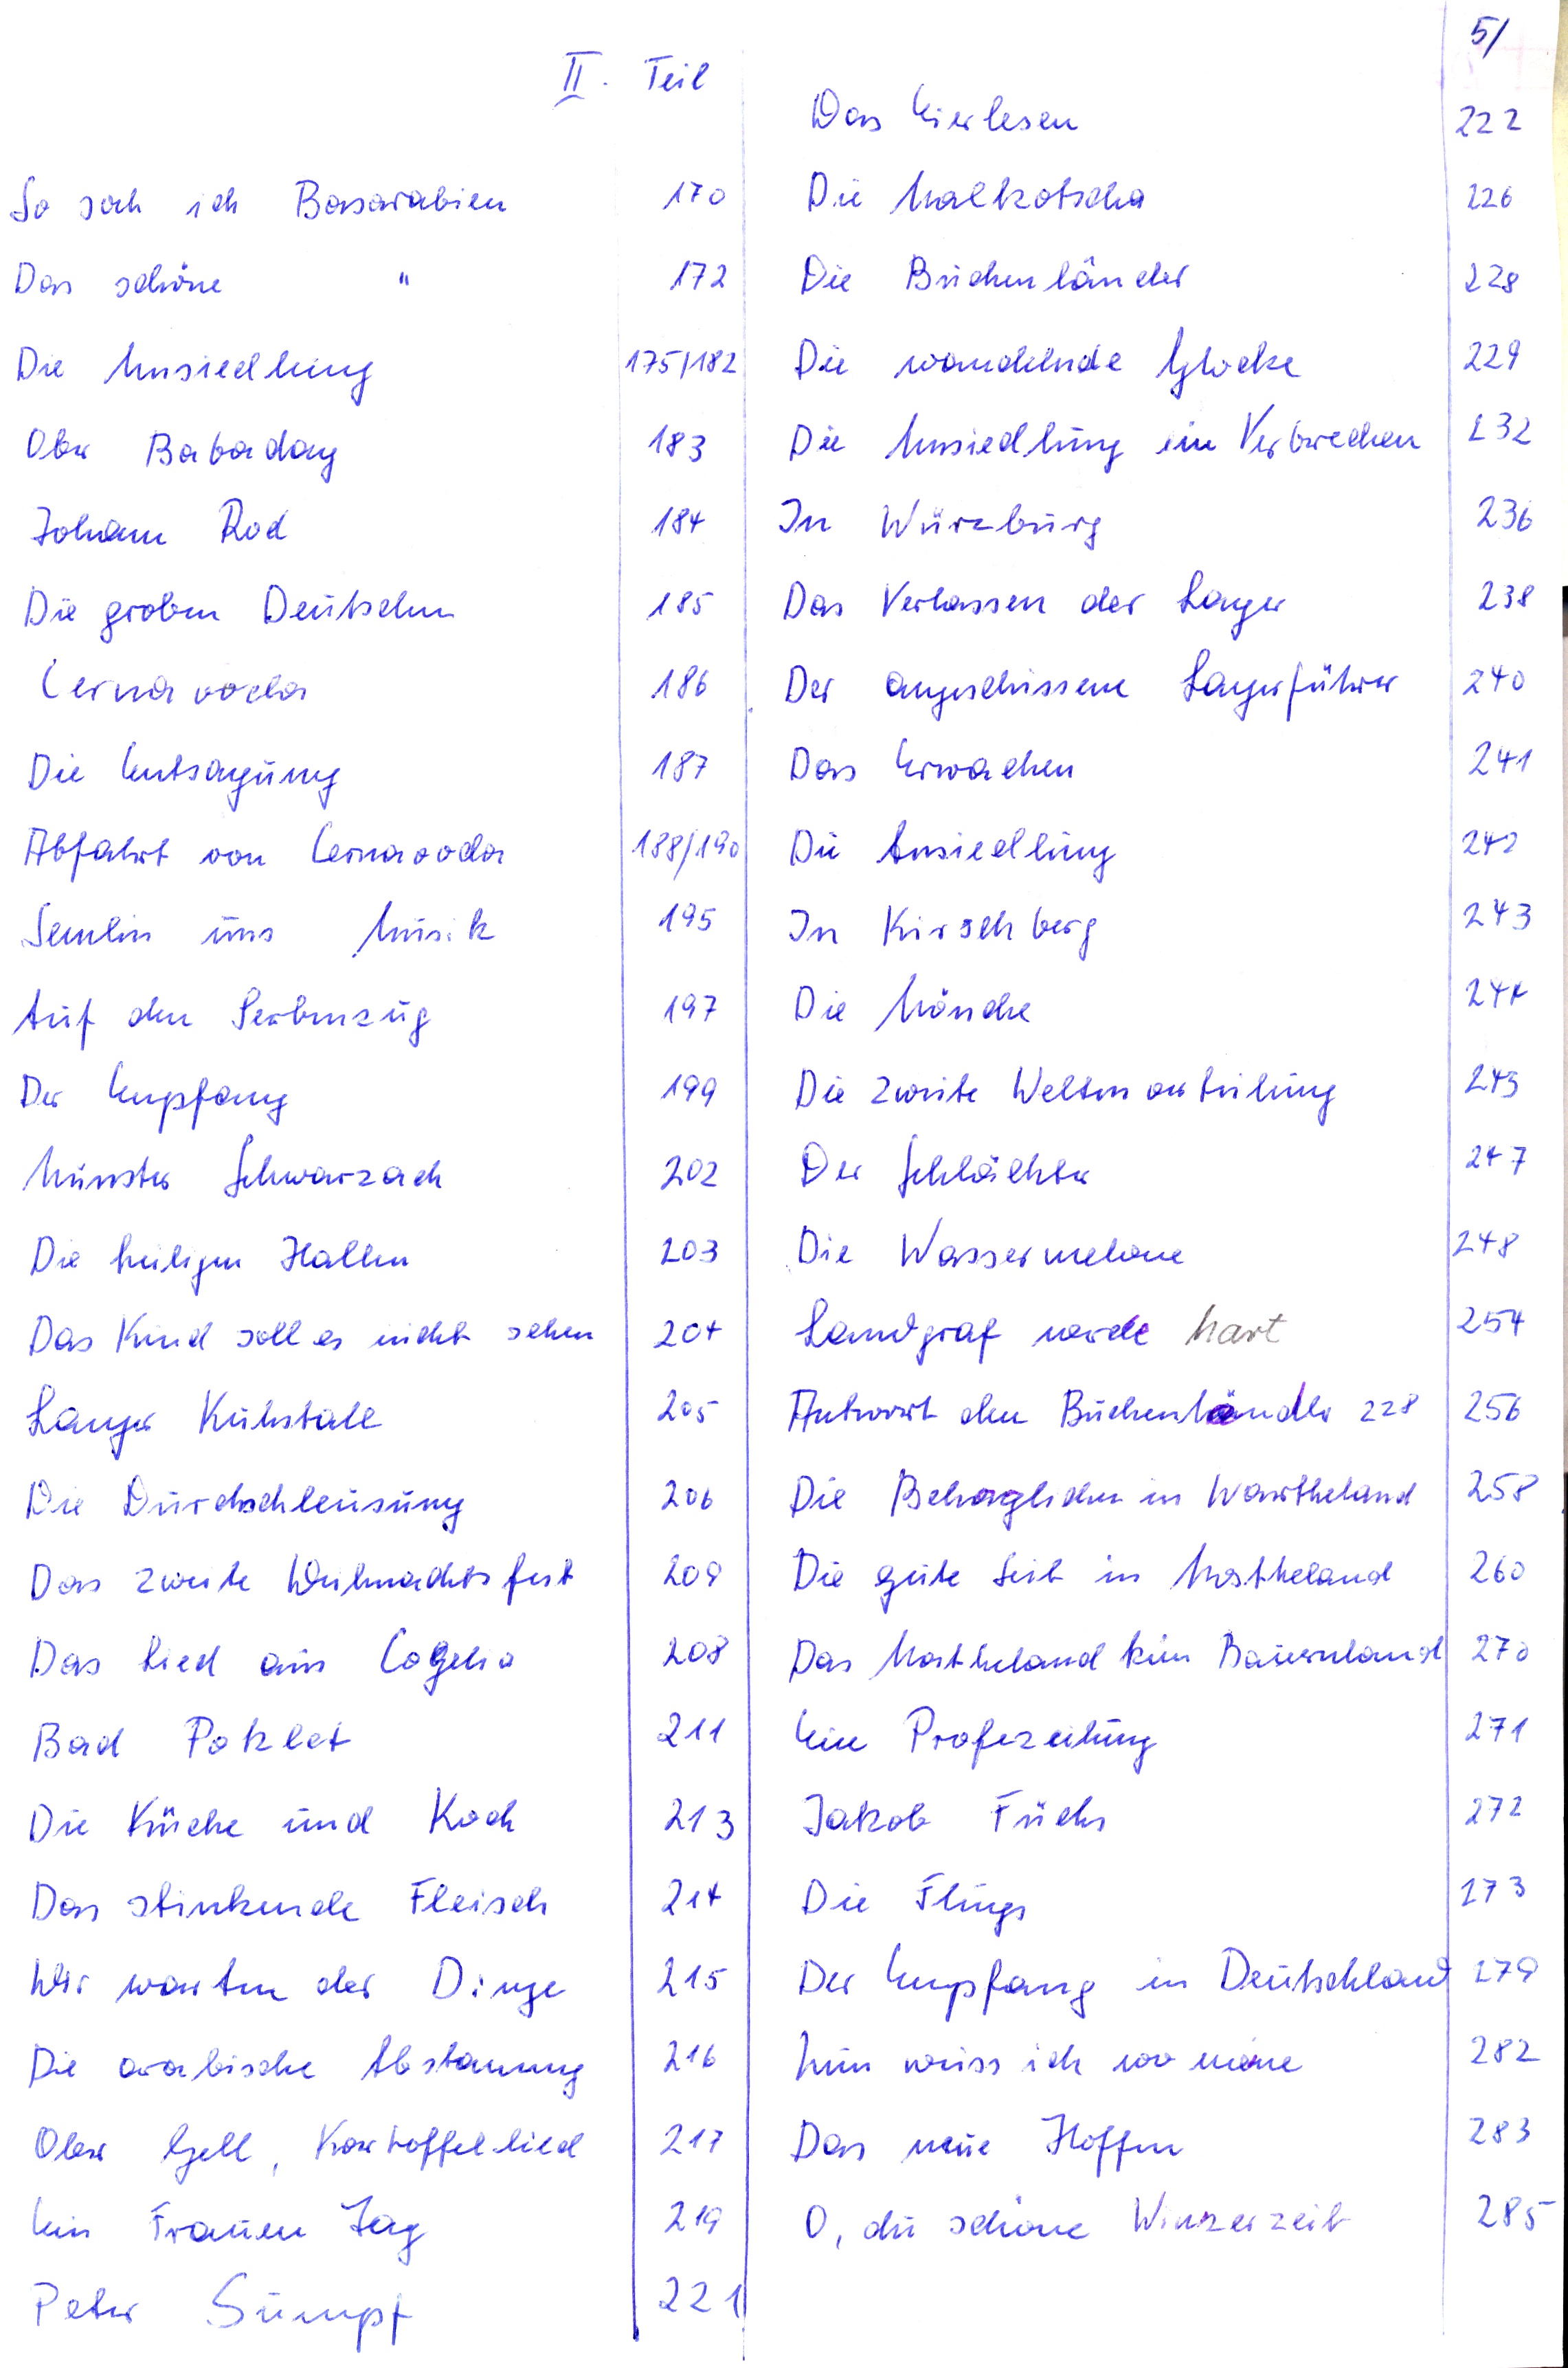
II. Teil
So sah ich Bessarabien	170
Das schöne      "	172
Die Umsiedlung		175/182
Obr Babadag	183
Johann Rod	184
Die groben Deutschen	185
Cernavoda	186
Die Entsagung	187
Abfahrt von Cernavoda	188/190
Semlin uns Musik	195
Auf den Serbenzug	197
Der Empfang	199
Münster Schwarzach	202
Die heiligen Hallen	203
Das Kind soll es nicht sehen	204
Langer Kuhstall	205
Die Durchschleusung	206
Das zweite Weihnachtsfest	209
Das Lied aus Cogelia	298
Bad Poklet	211
Die Küche und Koch	213
Das stinkende Fleisch	214
Wir warten der Dinge	215
Die arabische Abstammung	216
Oler Gell, Kartoffellied	217
Kin Frauen Tag	219
Peter Sumpf	221

Das Eierlesen	222
Die Malkotscher	226
Die Buchenländer	228
Die wandelnde Glocke	229
Die Umsiedlung ein Verbrechen	232
In Würzburg	236
Das Verlassen der Lager	238
Der angeschissene Lagerführer	240
Das Erwachen	231
Die Ansiedlung	242
In Kirschberg	243
Die Mönche	244
Die zweite Welten an fühing	243
Der Schlächter	247
Die Wassermelone	248
Landgraf werde hart	254
Antwort den Buchenländer 228	256
Die Behaglichen in Wartheland	258
Die gute Zeit in Wartheland	260
Das Wartheland kein Bauernland	270
Ein Profezeihung	271
Jakob Füchs	272
Die Flings	273
Der Empfang in Deutschland	279
nun weiss ich wo meine	282
Das neue Hoffen 283
O, du schöne Winzerzeit	285